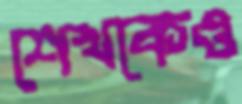
শেখকেও